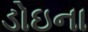
ડોઇના